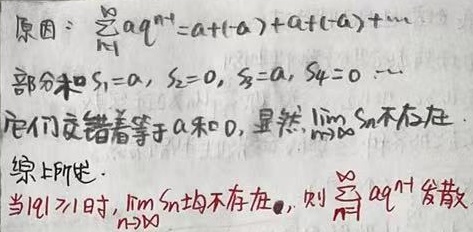
原因：\(\sum_{n = 1}^{\infty}aq^{n - 1}=a+(-a)+a+(-a)+\cdots\)。部分和\(S_{1}=a\)，\(S_{2}=0\)，\(S_{3}=a\)，\(S_{4}=0\cdots\)，它们交错着等于\(a\)和\(0\)，显然，\(\lim_{n \to \infty}S_{n}\)不存在。综上所述，当\(\vert q\vert \geqslant 1\)时，\(\lim_{n \to \infty}S_{n}\)均不存在，则\(\sum_{n = 1}^{\infty}aq^{n - 1}\)发散。